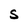
Character: S